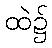
ထဲ၌